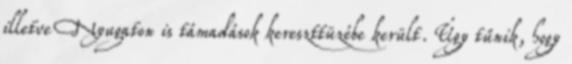
illetve Nyugaton is támadások kereszttüzébe került. Úgy tűnik, hogy